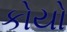
કોયો